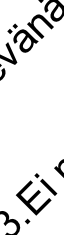
. E n